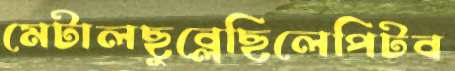
মেটালছুব্‌লেছিলেপিটব